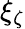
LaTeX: \xi_{\zeta}